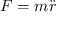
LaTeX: F = m { \ddot { r } }